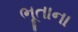
ભૂતાના